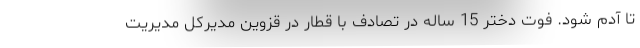
تا آدم شود. فوت دختر 15 ساله در تصادف با قطار در قزوین مدیرکل مدیریت